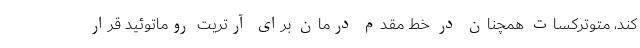
کند، متوترکسات همچنان در خط مقدم درمان برای آرتریت روماتوئید قرار